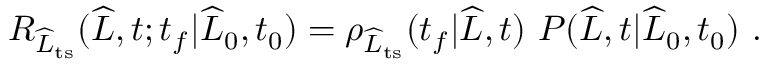
\begin{array} { r } { R _ { \widehat { L } _ { \mathrm { t s } } } ( \widehat { L } , t ; t _ { f } | \widehat { L } _ { 0 } , t _ { 0 } ) = \rho _ { \widehat { L } _ { \mathrm { t s } } } ( t _ { f } | \widehat { L } , t ) \ P ( \widehat { L } , t | \widehat { L } _ { 0 } , t _ { 0 } ) \ . } \end{array}